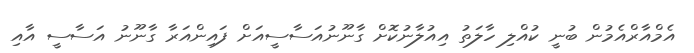
އެމްއާރްއެމުން ބުނީ ކުއްލި ހާލަތު އިއުލާނުކޮށް ގާނޫނުއަސާސީއަށް ފައިންއަރާ ގާނޫނު އަސާސީ އާއި